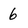
Character: 6